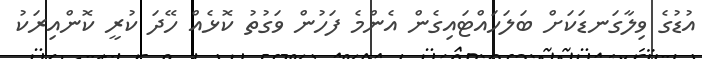
އުޑުގެ ވިލާގަނޑަކަށް ބަލަހައްޓައިގެން އެންމެ ފަހުން ވަގުތު ކޮޅެއް ހޭދަ ކުރީ ކޮންއިރަކު